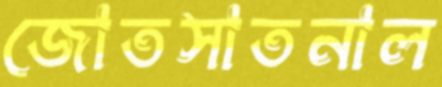
জোতসাতনাল